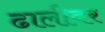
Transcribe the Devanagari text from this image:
ढालीवर